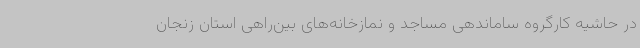
در حاشیه کارگروه ساماندهی مساجد و نمازخانه‌های بین‌راهی استان زنجان